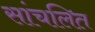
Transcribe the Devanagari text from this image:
सांचलित